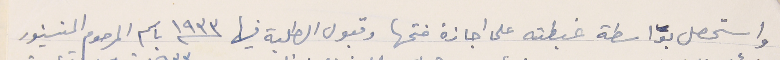
واستحصل بواسطة غبطته على اجازة فتحها وقبول الطلبة فيها سنة ١٩٣٣ باسم المرحوم المنسنيور